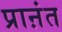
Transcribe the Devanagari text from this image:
प्राऩंत